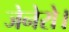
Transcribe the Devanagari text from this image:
जेनेरो।